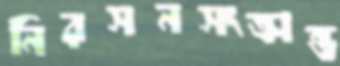
নিরসনসংক্রান্ত